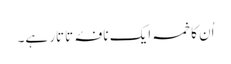
اُن کا خمسہ ایک نافۂ تاتار ہے۔